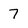
Character: 7